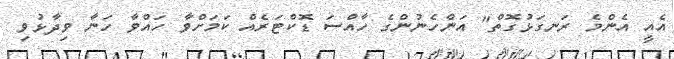
އެއީ އެންމެ ރަނގަޅުގޮތް" އަންހެނުންގެ ހާއްސަ ޑޮކްޓަރެއް ކަމަށްވާ ހައްވާ ހަނާ ވިދާޅުވި